Annual returns of the Patna Lunatic Asylum at Bankipore in Bihar and Orissa - 1912-1924
Year: 1912
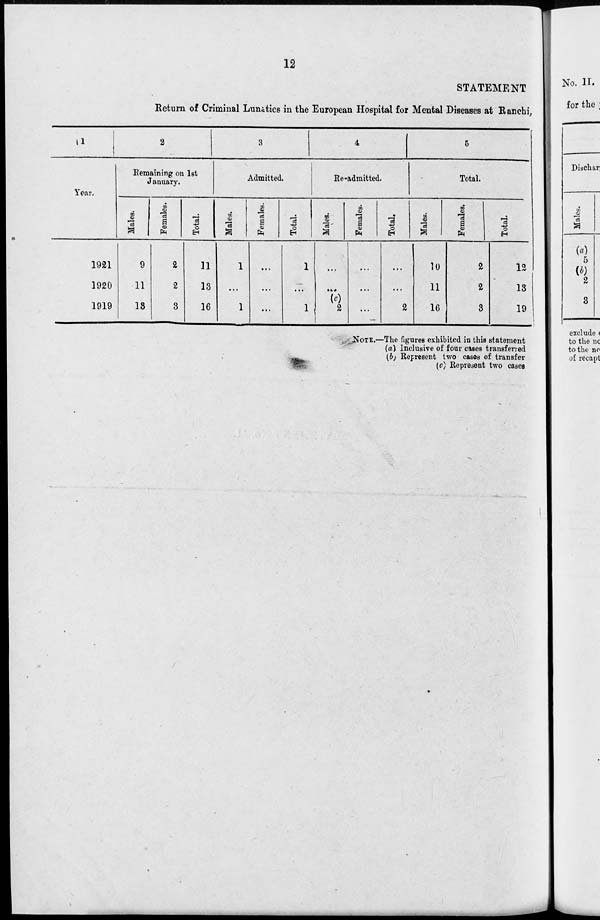
12
STATEMENT
Return of Criminal Lunatics in the European Hospital for Mental Diseases at Ranchi,
1
Year.
1921
1920
1919
2
Remaining on 1st
January.
Males.
9
11
13
Females.
2
2
3
Total.
11
13
16
3
Admitted.
Males.
1
...
1
Females.
...
...
...
Total.
1
...
1
4
Re-admitted.
Males.
...
...
...
Females.
...
...
...
Total.
...
...
2
5
Total.
Males.
10
11
16
Females.
2
2
3
Total.
12
13
19
NOTE.—The figures exhibited in this statement
(a) Inclusive of four cases transferred
(b) Represent two cases of transfer
(c) Represent two cases